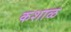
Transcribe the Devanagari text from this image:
कशाळ